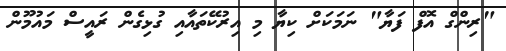
"ރިންގް އޮފް ފަޔާ" ނަމަކަށް ކިޔާ މި އިރުކޭތައާއި ގުޅިގެން ރައީސް މައުމޫން